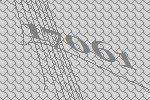
17061